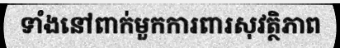
ទាំងនៅពាក់មួកការពារសុវត្ថិភាព